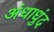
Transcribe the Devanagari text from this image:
अंधाधुंद